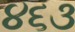
૪૬૩